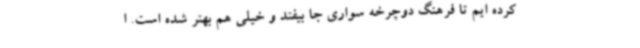
کرده ایم تا فرهنگ دوچرخه سواری جا بیفتد و خیلی هم بهتر شده است. ا